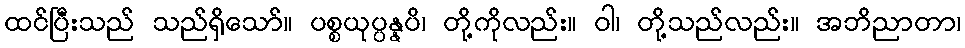
ထင်ပြီးသည် သည်ရှိသော်။ ပစ္စယုပ္ပန္နပိ၊ တို့ကိုလည်း။ ဝါ၊ တို့သည်လည်း။ အဘိညာတာ၊